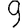
Digit: 9